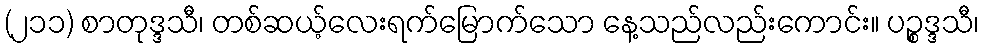
(၂၁၁) စာတုဒ္ဒသီ၊ တစ်ဆယ့်လေးရက်မြောက်သော နေ့သည်လည်းကောင်း။ ပဉ္စဒ္ဒသီ၊